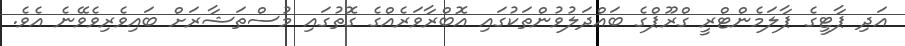
އަދި ޕާޓީގެ ޕާލަމެންޓްރީ ގްރޫޕްގެ ބައްދަލުވުންތަކުގައި އޮބްރާވަރެއްގެ ގޮތުގައި މުސްތަޝާރަށް ބައިވެރިވެވޭނެ އެވެ.